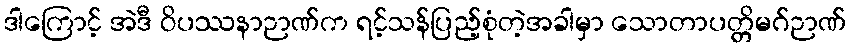
ဒါကြောင့် အဲဒီ ဝိပဿနာဉာဏ်က ရင့်သန်ပြည့်စုံတဲ့အခါမှာ သောတာပတ္တိမဂ်ဉာဏ်